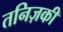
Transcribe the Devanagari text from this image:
तनिज़की